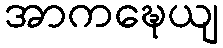
အာကဍ္ဎေယျ